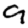
Digit: 9